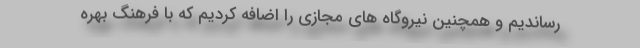
رساندیم و همچنین نیروگاه های مجازی را اضافه کردیم که با فرهنگ بهره